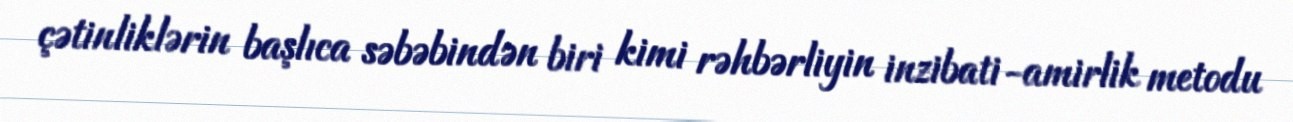
çətinliklərin başlıca səbəbindən biri kimi rəhbərliyin inzibati-amirlik metodu